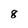
Character: 8